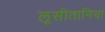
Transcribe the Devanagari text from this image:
लूसीतानिया